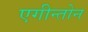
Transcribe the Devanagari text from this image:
एगीन्तोन